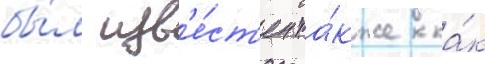
бы́л изв'е́ст'ен та́кже ка́к